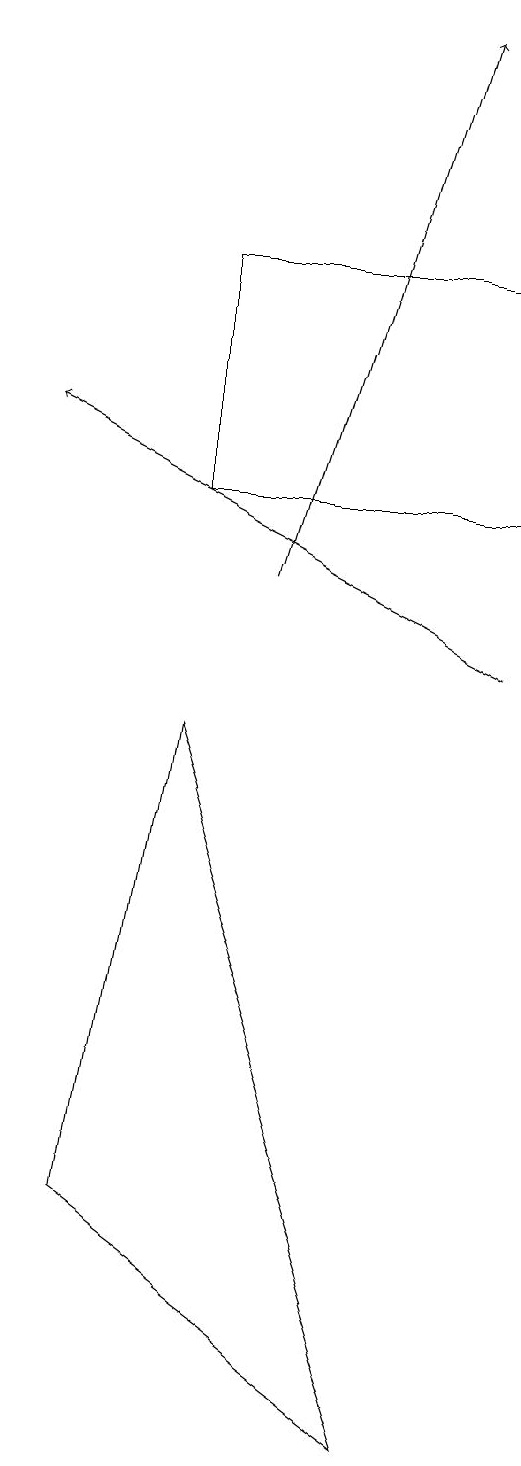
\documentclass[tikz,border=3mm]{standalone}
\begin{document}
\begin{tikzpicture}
\draw (5,15) rectangle (9,12);
\draw[->] (6,11) -- (8,18);
\draw[->] (9,10) -- (3,13);
\draw (5,9) -- (4,3) -- (8,0) -- cycle;
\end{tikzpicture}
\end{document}